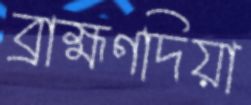
ব্রাহ্মণদিয়া